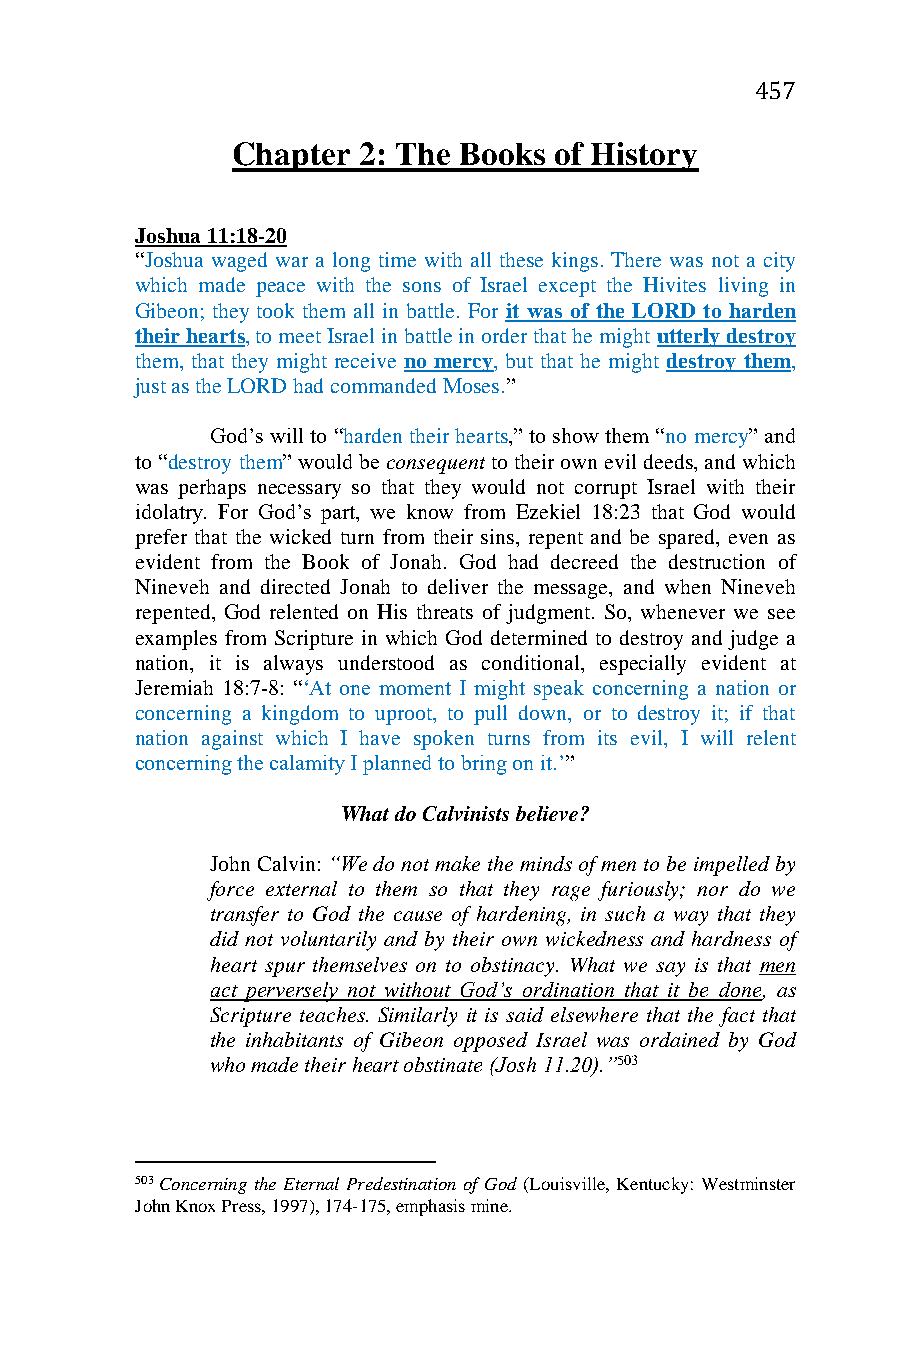
457
 Chapter  2: The Books of History
 Joshua 11:18-20
 “Joshua waged war a long time with all these kings. There was not a city
 which made peace with the sons of Israel except the Hivites living in
 Gibeon; they took them all in battle. For it was of the LORD to harden
 their hearts, to meet Israel in battle in order that he might utterly destroy
 them, that they might receive no mercy, but that he might destroy them,
 just as the LORD had commanded Moses.”
 God’s will to “harden their hearts,” to show them “no mercy” and
 to “destroy them” would be consequent to their own evil deeds, and which
 was perhaps necessary so that they would not corrupt Israel with their
 idolatry. For God’s part, we know from Ezekiel 18:23 that God would
 prefer that the wicked turn from their sins, repent and be spared, even as
 evident from the Book of Jonah. God had decreed the destruction of
 Nineveh and directed Jonah to deliver the message, and when Nineveh
 repented, God relented on His threats of judgment. So, whenever we see
 examples from Scripture in which God determined to destroy and judge a
 nation, it is always understood as conditional, especially evident at
 Jeremiah 18:7-8: “‘At one moment I might speak concerning a nation or
 concerning a kingdom to uproot, to pull down, or to destroy it; if that
 nation against which I have spoken turns from its evil, I will relent
 concerning the calamity I planned to bring on it.’”
 What do Calvinists believe?
 John Calvin: “We do not make the minds of men to be impelled by
 force external to them so that they rage furiously; nor do we
 transfer to God the cause of hardening, in such a way that they
 did not voluntarily and by their own wickedness and hardness of
 heart spur themselves on to obstinacy. What we say is that men
 act perversely not without God’s ordination that it be done, as
 Scripture teaches. Similarly it is said elsewhere that the fact that
 the inhabitants of Gibeon opposed Israel was ordained by God
 who made their heart obstinate (Josh 11.20).”503
 503 Concerning the Eternal Predestination of God (Louisville, Kentucky: Westminster
 John Knox Press, 1997), 174-175, emphasis mine.